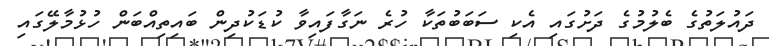
ދައުލަތުގެ ބެލުމުގެ ދަށުގައި އެކި ސަބަބުތަކާ ހުރެ ނަގާފައިވާ ކުޑަކުދިން ބައިތިއްބަން ހުޅުމާލޭގައި